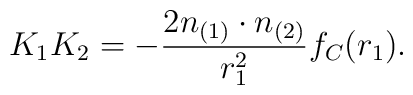
K_1 K_2 = - \frac{2 n_{(1)} \cdot n_{(2)}}{r_1^2} f_C(r_1).